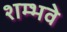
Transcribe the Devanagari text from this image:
शम्भवे